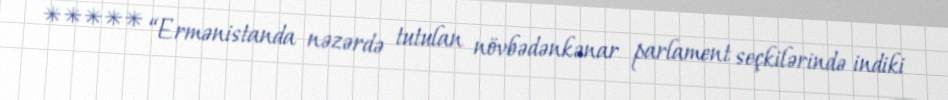
***** “Ermənistanda nəzərdə tutulan növbədənkənar parlament seçkilərində indiki